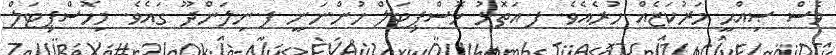
ވެސް ޞިއްޙީ މަރުކަޒެއް ހުރެއެވެ. ފ.އަތޮޅު ހޮސްޕިޓަލް ހުންނަނީ ފ.ނިލަންދޫ ގައެވެ. މިހޮސްޕިޓަލް